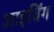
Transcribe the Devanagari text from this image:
आइर्विंग